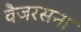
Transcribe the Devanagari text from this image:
वैजरसना